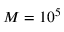
M = 1 0 ^ { 5 }